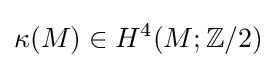
\kappa (M)\in H^{4}(M;\mathbb {Z} /2)